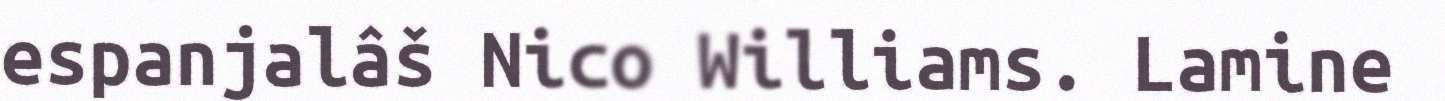
espanjalâš Nico Williams. Lamine